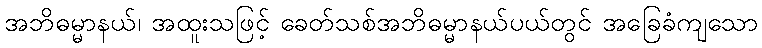
အဘိဓမ္မာနယ်၊ အထူးသဖြင့် ခေတ်သစ်အဘိဓမ္မာနယ်ပယ်တွင် အခြေခံကျသော